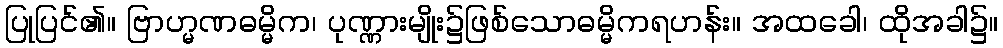
ပြုပြင်၏။ ဗြာဟ္မဏဓမ္မိက၊ ပုဏ္ဏားမျိုး၌ဖြစ်သောဓမ္မိကရဟန်း။ အထခေါ၊ ထိုအခါ၌။